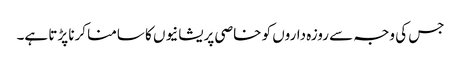
جس کی وجہ سے روزہ داروں کو خاصی پریشانیوں کا سامنا کرنا پڑتا ہے۔